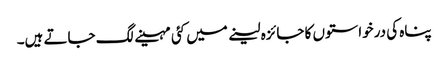
پناہ کی درخواستوں کا جائزہ لینے میں کئی مہینے لگ جاتے ہیں۔